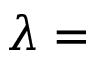
\lambda =